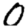
Digit: 0